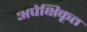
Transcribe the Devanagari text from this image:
अपेक्षिकृत